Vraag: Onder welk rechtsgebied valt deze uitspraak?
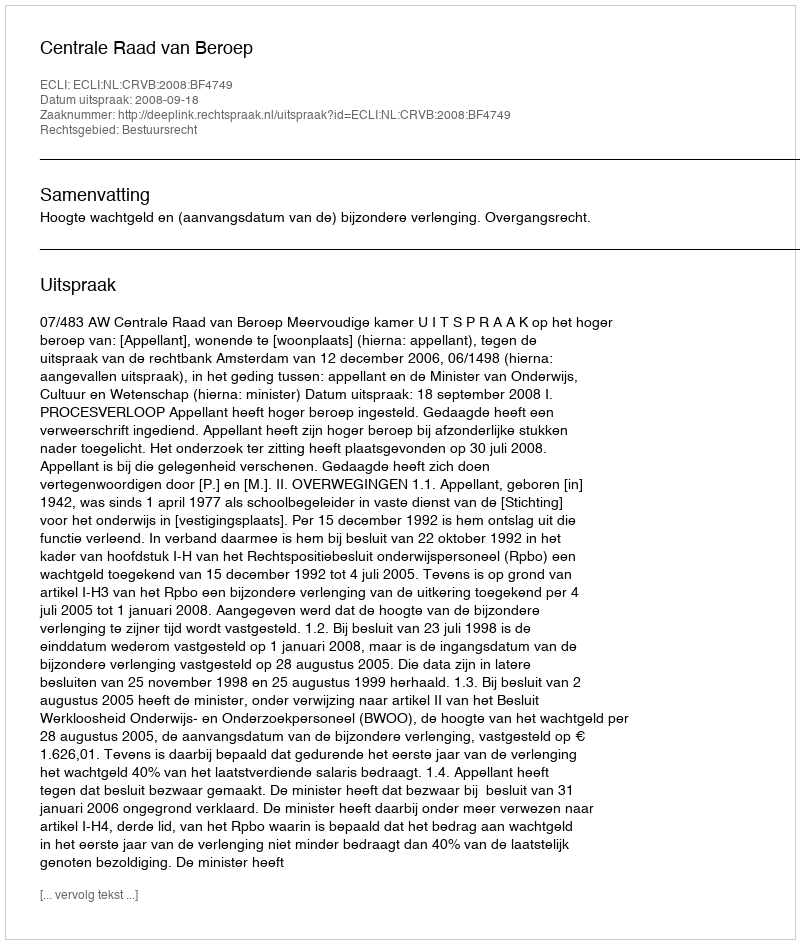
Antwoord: Bestuursrecht